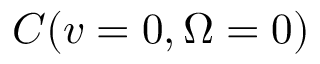
C ( v = 0 , \ensuremath { \Omega } = 0 )